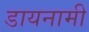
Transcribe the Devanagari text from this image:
डायनामी